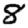
Digit: 8